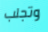
وتجلب